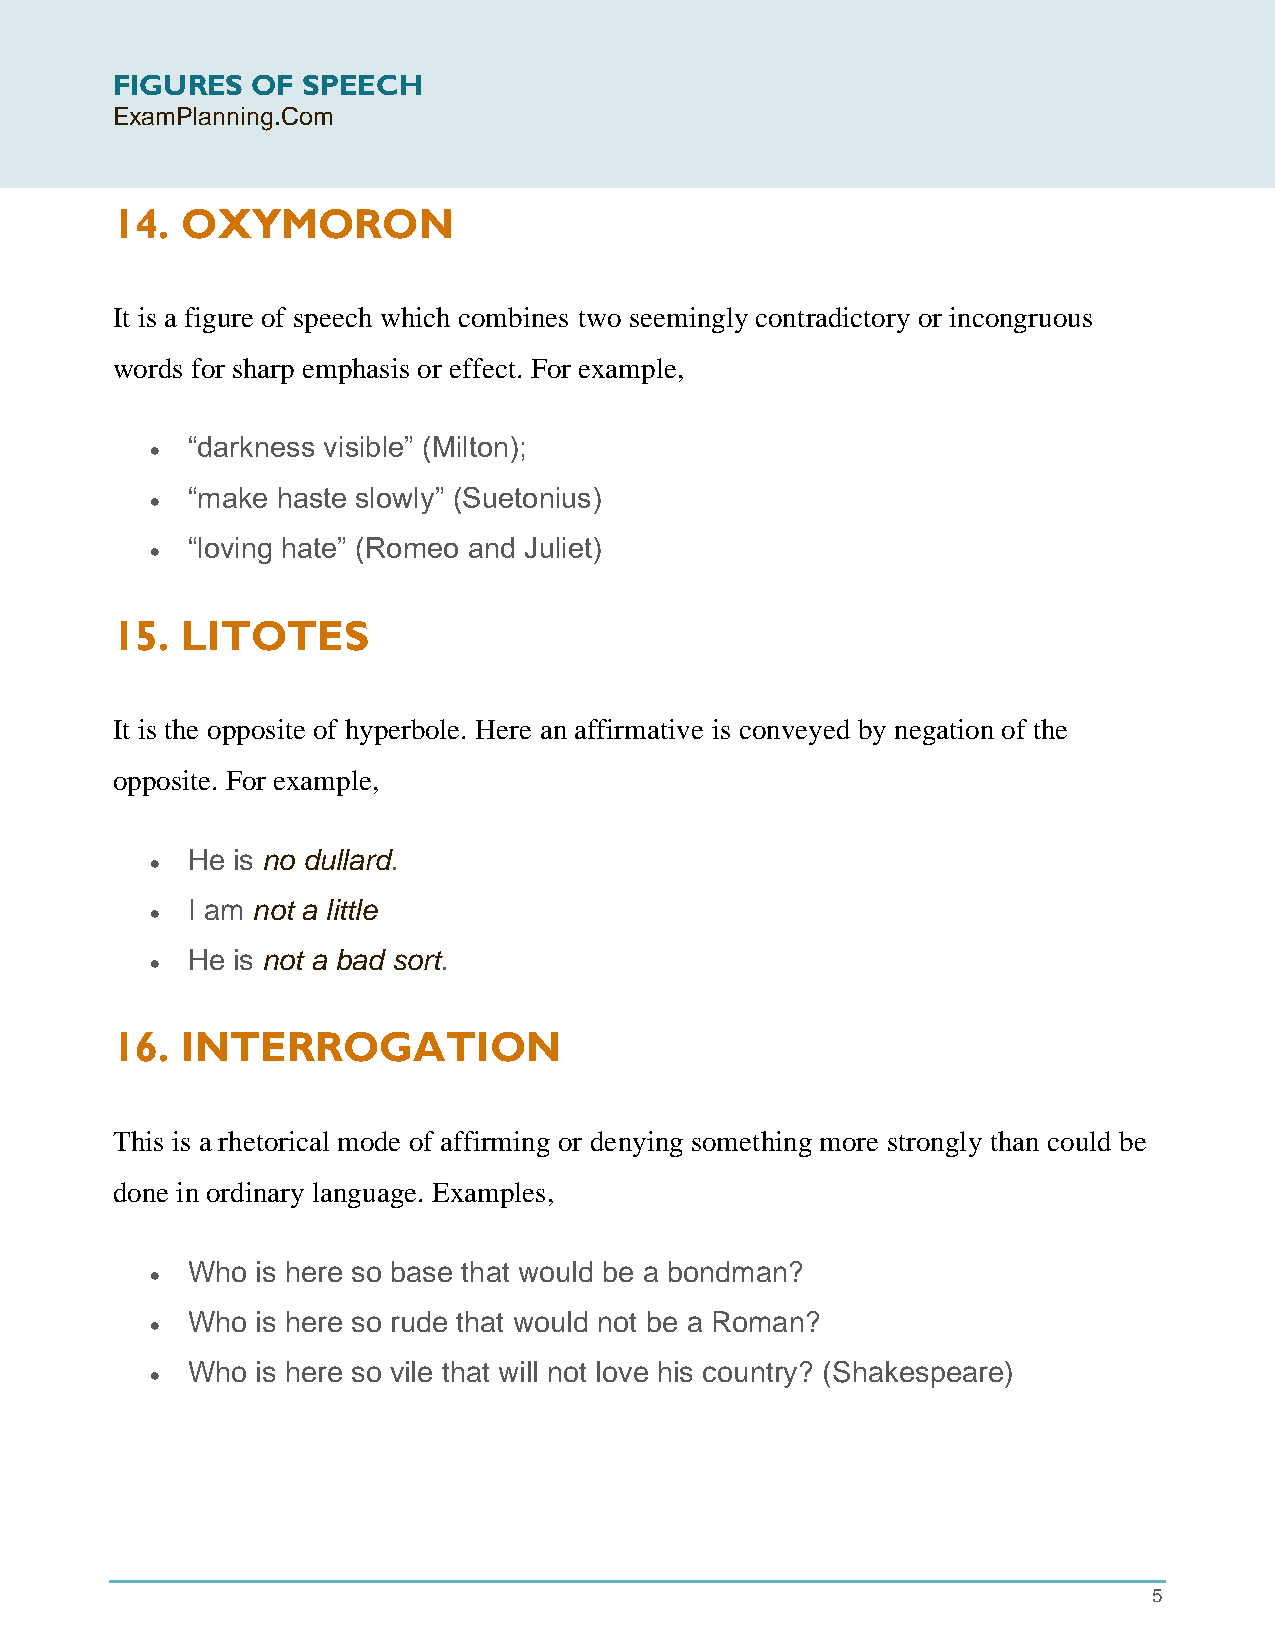
FIGURES   OF SPEECH
 ExamPlanning.Com
 14.  OXYMORON
 It is a figure of speech which combines two seemingly contradictory or incongruous
 words for sharp emphasis or effect. For example,
 “darkness visible” (Milton);
 •
 “make haste slowly” (Suetonius)
 •
 “loving hate” (Romeo and Juliet)
 •
 15.  LITOTES
 It is the opposite of hyperbole. Here an affirmative is conveyed by negation of the
 opposite. For example,
 He is no dullard.
 •
 I am not a little
 •
 He is not a bad sort.
 •
 16.  INTERROGATION
 This is a rhetorical mode of affirming or denying something more strongly than could be
 done in ordinary language. Examples,
 Who  is here so base that would be a bondman?
 •
 Who  is here so rude that would not be a Roman?
 •
 Who  is here so vile that will not love his country? (Shakespeare)
 •
 5